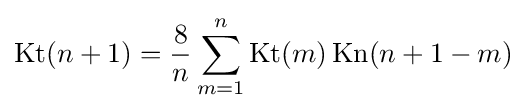
{\text{Kt}}(n+1)={\frac {8}{n}}\sum _{m=1}^{n}{\text{Kt}}(m)\,{\text{Kn}}(n+1-m)